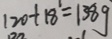
1 2 0 + 1 8 = 1 3 8 g